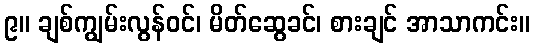
၉။ ချစ်ကျွမ်းလွန်ဝင်၊ မိတ်ဆွေခင်၊ စားချင် အာသာကင်း။